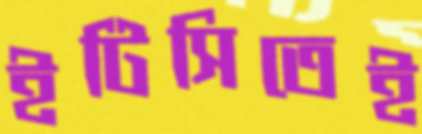
ইটিসিতেই